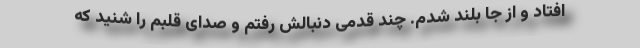
افتاد و از جا بلند شدم. چند قدمی دنبالش رفتم و صدای قلبم را شنید که